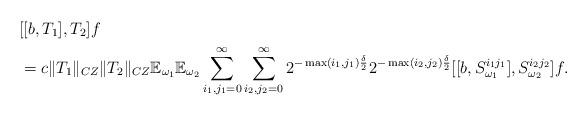
LaTeX: \begin{align*}&[[b,T_1],T_2]f\\&=c\|T_1\|_{CZ}\|T_2\|_{CZ}\mathbb{E}_{\omega_1}\mathbb{E}_{\omega_2}\sum_{i_1,j_1=0}^\infty\sum_{i_2,j_2=0}^\infty 2^{-\max(i_1,j_1)\frac{\delta}{2}}2^{-\max(i_2,j_2)\frac{\delta}{2}}[[b,S^{i_1j_1}_{\omega_1}],S^{i_2j_2}_{\omega_2}]f.\end{align*}